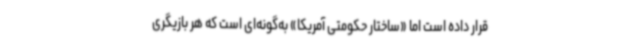
قرار داده است اما «ساختار حکومتی آمریکا» به‌گونه‌ای است که هر بازیگری